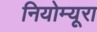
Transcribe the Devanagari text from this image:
नियोम्यूरा